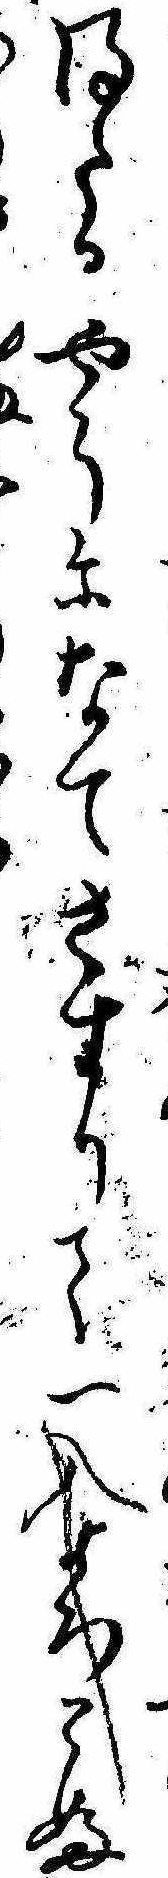
得たるやうになてさすりて一入よろこふ